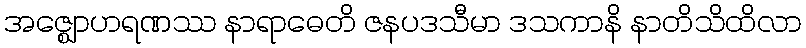
အဇ္ဈောဟရဏဿ နာရာဓေတိ ဇနပဒသီမာ ဒသကာနိ နာတိသိထိလာ